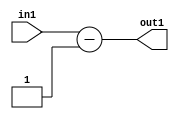
`timescale 1ps / 1ps
/*****************************************************************************
    Verilog RTL Description
    
    
    Created by: Stratus DpOpt 2019.1.01 
*******************************************************************************/

module st_feature_addr_gen_Subi1u16_4_0 (
	in1,
	out1
	); /* architecture "behavioural" */ 
input [15:0] in1;
output [16:0] out1;
wire [16:0] asc001;

assign asc001 = 
	+(in1)
	-(17'B00000000000000001);

assign out1 = asc001;
endmodule

/* CADENCE  ubH4Sw8= : u9/ySgnWtBlWxVPRXgAZ4Og= ** DO NOT EDIT THIS LINE ******/